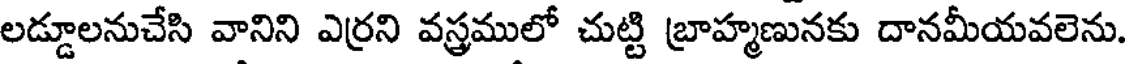
లడ్డూలనుచేసి వానిని ఎర్రని వస్త్రములో చుట్టి బ్రాహ్మణునకు దానమీయవలెను.